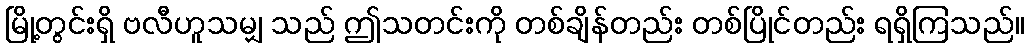
မြို့တွင်းရှိ ဗလီဟူသမျှ သည် ဤသတင်းကို တစ်ချိန်တည်း တစ်ပြိုင်တည်း ရရှိကြသည်။